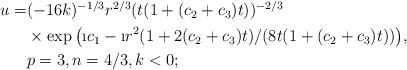
LaTeX: \begin{align*}\begin{aligned}u = &(-16k)^{-1/3}r^{2/3} (t(1+(c_2+c_3)t))^{-2/3}\\&\times\exp\big(\i c_1 - \i r^2(1+2(c_2+c_3)t)/(8t(1+(c_2+c_3)t))\big),\\&p = 3,n=4/3,k<0 ;\end{aligned}\end{align*}